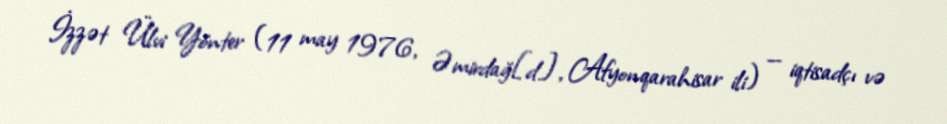
İzzət Ülvi Yönter (11 may 1976, Əmirdağ[d], Afyonqarahisar ili) — iqtisadçı və